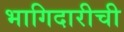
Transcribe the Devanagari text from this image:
भागिदारीची